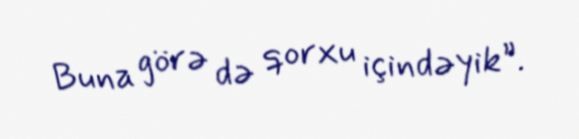
Buna görə də qorxu içindəyik”.